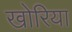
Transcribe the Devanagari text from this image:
खोरिया